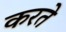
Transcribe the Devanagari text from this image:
करतेे